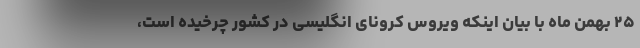
۲۵ بهمن ماه با بیان اینکه ویروس کرونای انگلیسی در کشور چرخیده است،